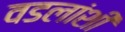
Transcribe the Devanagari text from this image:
वडलांशी